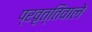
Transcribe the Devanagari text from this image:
प्रवृत्तिवाले